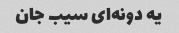
یه دونه‌ای سیب جان